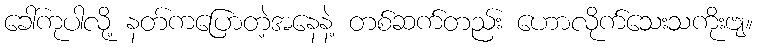
ခေါ်ကုပါလို့ နတ်ကပြောတဲ့အနေနဲ့ တစ်ဆက်တည်း ဟောလိုက်သေးသကိုးဗျ။